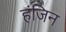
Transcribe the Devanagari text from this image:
हंजिन